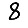
Digit: 8